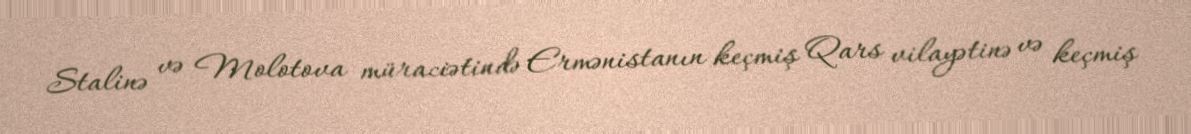
Stalinə və Molotova müraciətində Ermənistanın keçmiş Qars vilayətinə və keçmiş